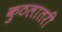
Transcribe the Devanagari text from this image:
कुठलातरी